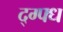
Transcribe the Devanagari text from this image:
द्ग्फ्ध